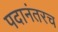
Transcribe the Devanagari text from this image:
पदानंतरच